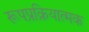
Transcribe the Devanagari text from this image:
रूपप्रक्रियात्मक